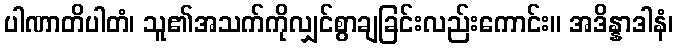
ပါဏာတိပါတံ၊ သူ၏အသက်ကိုလျှင်စွာချခြင်းလည်းကောင်း။ အဒိန္နာဒါနံ၊